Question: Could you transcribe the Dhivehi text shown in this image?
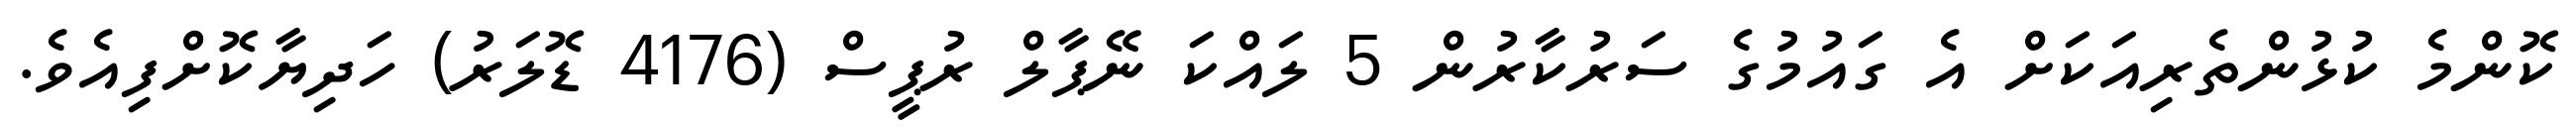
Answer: ކޮންމެ ކުޅުންތެރިއަކަށް އެ ގައުމުގެ ސަރުކާރުން 5 ލައްކަ ނޭޕާލް ރުޕީސް (4176 ޑޮލަރު) ހަދިޔާކޮށްފިއެވެ.